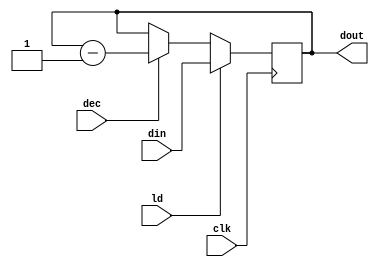
module CNTR (
    input [15:0] din,
    input ld,
    input dec,
    input clk,
    output reg [15:0] dout
    );

always@(posedge clk)
        
        if(ld)              // if load is active, load data into register of B //
            dout<= din;
                
        else if(dec)       // If decrement signal is active, then decrement value of B //
            dout <= dout-1;
            
endmodule